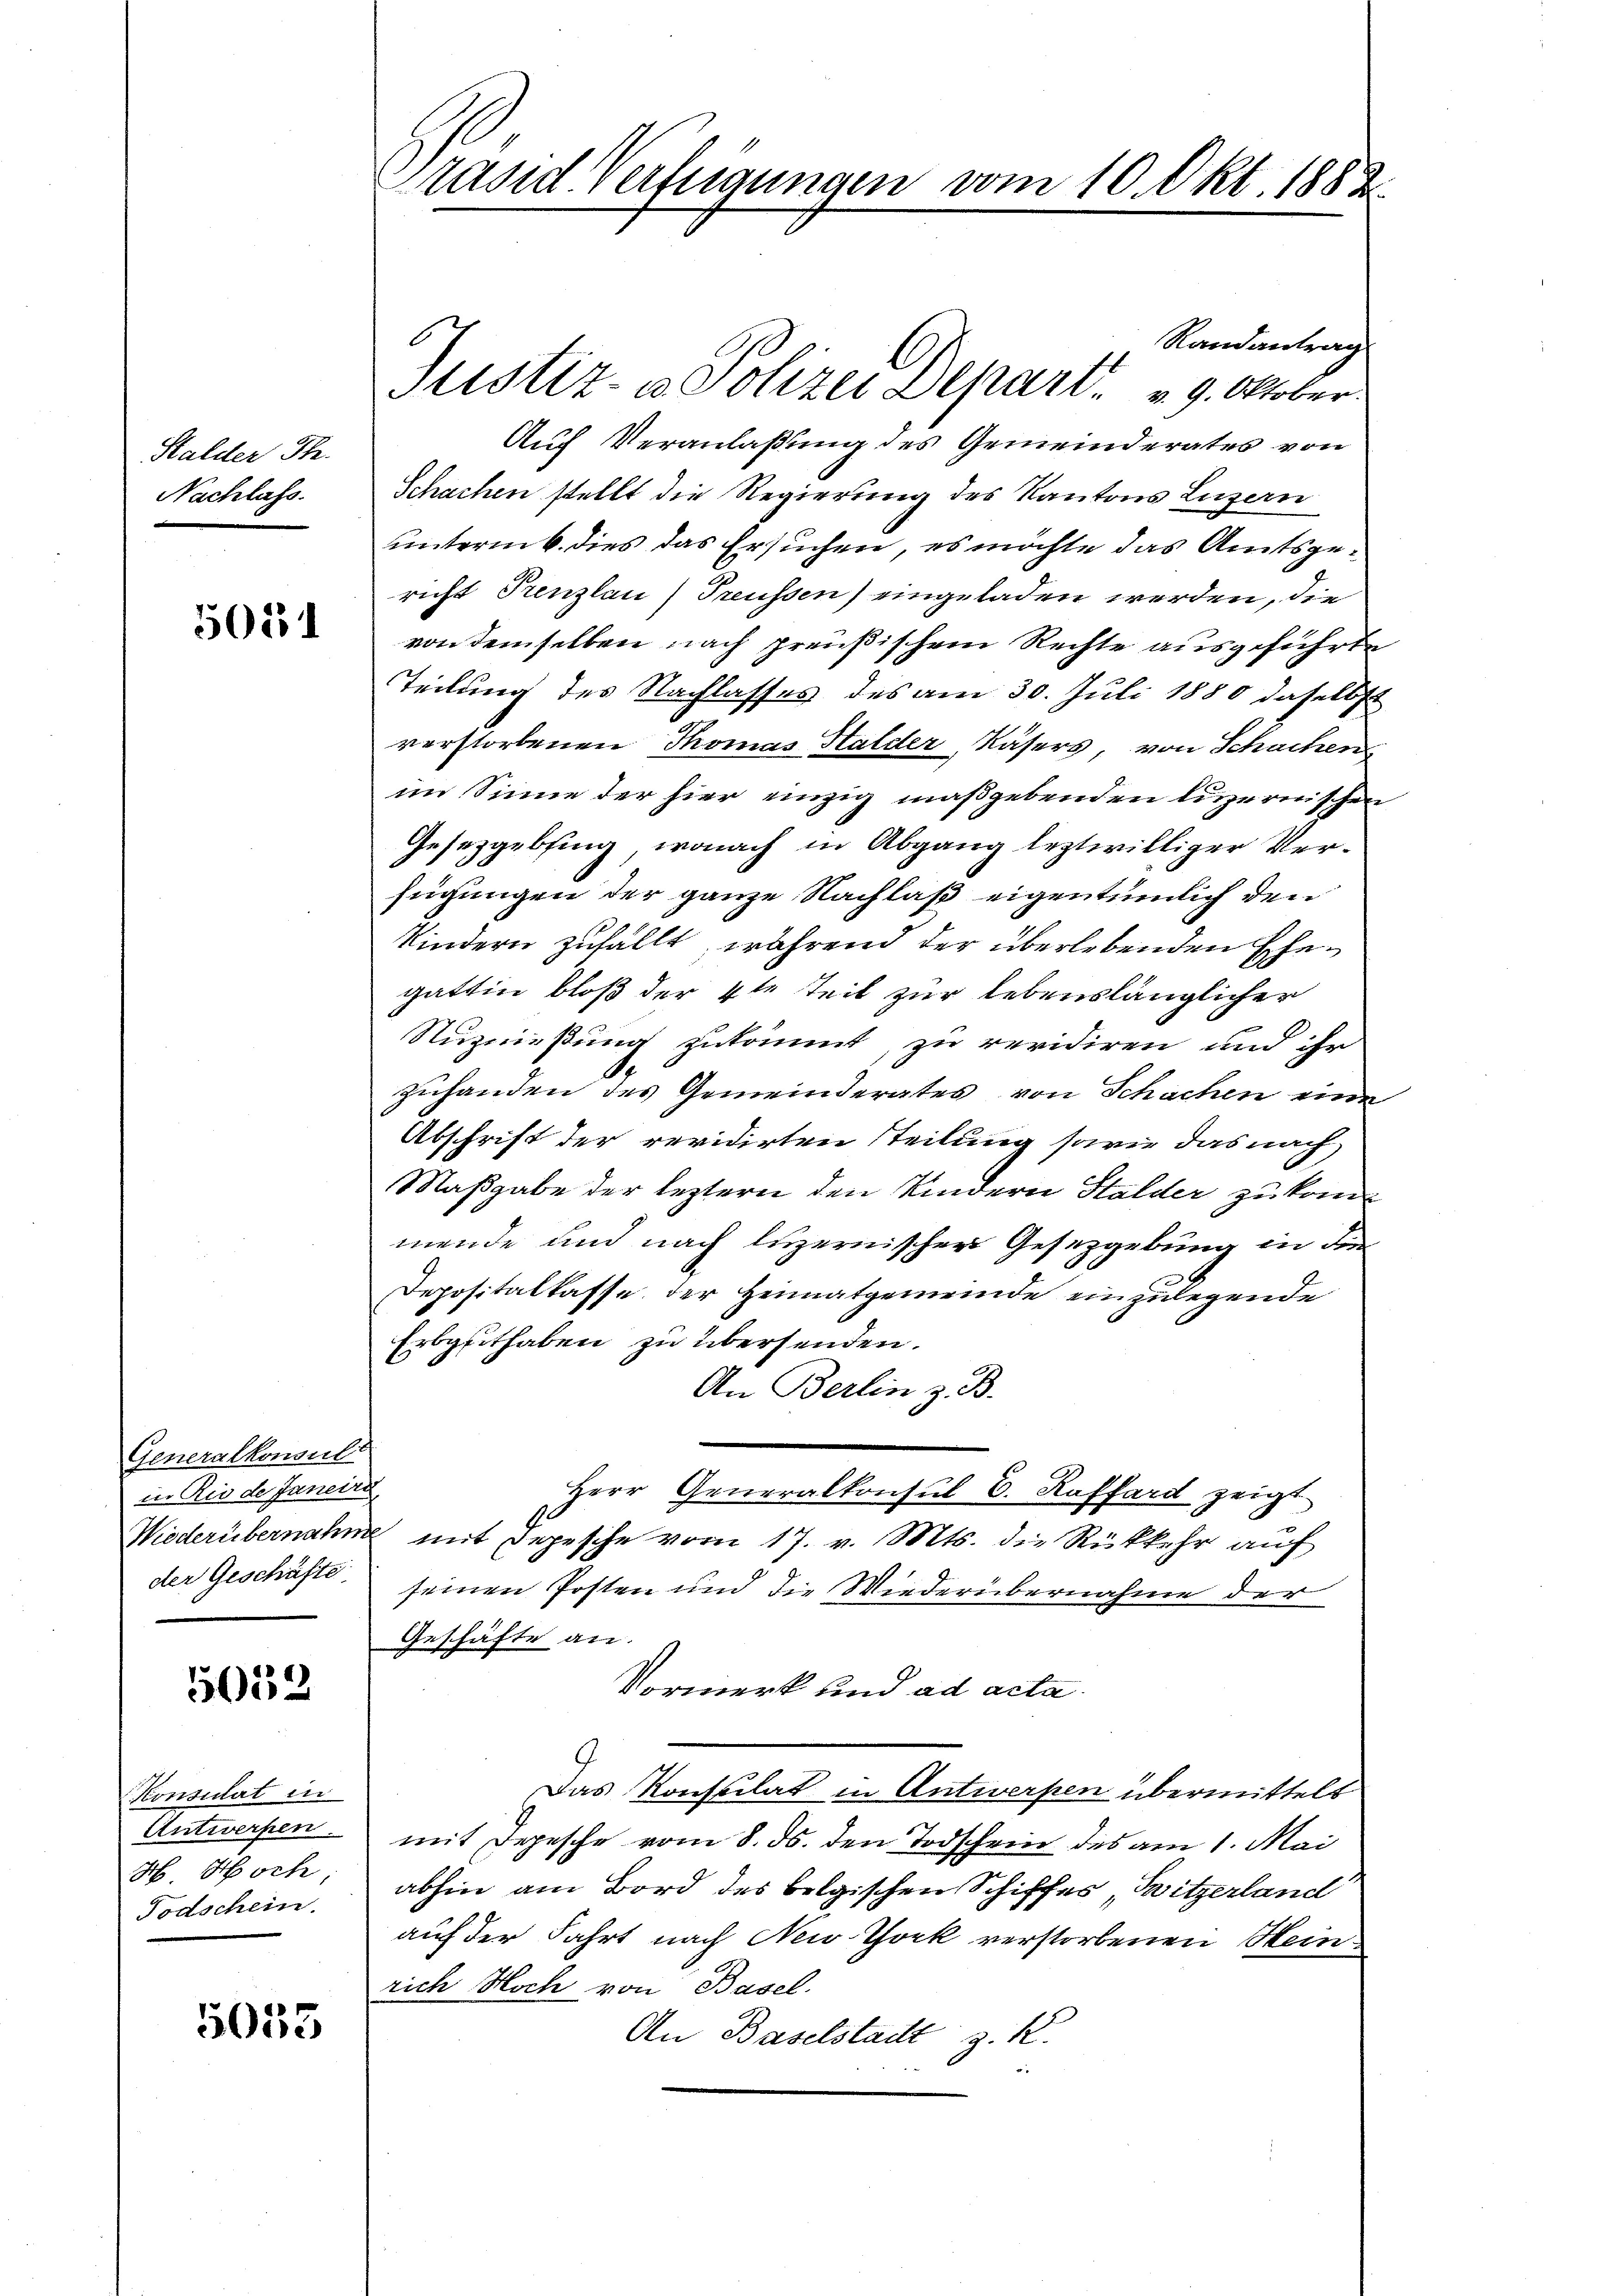
Stalder Th.
Nachlass.

50151

Generalkonsult
in Rio de Janein
Wiederübernahm
der Geschäfte

5039

Konsulat in
Antwerfen.
H. Hoch,
Todschein.

5033

Brasid Verfügungen vom 10. Okt. 1882

Randantrag
Justiz- u Polizei Depart v. 9. Oktober.
Auf Veranlaßung des Gemeinderates von
Schachen stellt die Regierung des Kantons Luzern
unterm 6. dies das Ersuchen, es möchte das Amtsgericht Trenzlau) Treussen) eingeladen werden, die
von demselben nach preußischem Rechte ausgeführte
Teilung des Nachlasses des am 30. Juli 1880 daselbst
verstorbenen Thomas Halder, Käsers, von Schachen
im Sinne der hier einzig maßgebenden luzernischen
Gesetzgebsing, wonach in Abgang leztwilliger Verfügungen der ganze Nachlaß eigentümlich den
Kindern zufällt, während der überlebenden Ehegattin bloß der 4te Teil zur lebenslänglicher
Nuznießung zukommt, zu revidiren und ihr
.
zuhanden des Gemeinderates von Schachen eine
Abschrift der revidirten Teilung sowie das nach
Maßgabe der leztern den Kindern Stalder zu kommende und nach luzernischer Gesetzgebung in den
Depositalkasse der Heimatgemeinde einzulegende
Erbppithaben zu übersenden.
An Berlin z. B.
t
Herr Generalkonsul E. Raffard zeigt
t
mit Depesche vom 17. v. Mts. die Rückkehr auf
seinen Posten und die Wiederübernahme der
Geschäfte an.
Vormerk und ad acta
Das Konsulat in Antwerpen übermittelt
mit Depesche vom 8. ds. den Todschein des am 1. Mai
abhin am Bord des belgischen Schiffes, Witzerland
auf der Fahrt nach New-Thock verstorbenen Heinrich Hoch von Basel.
An Baselstadt z. K.